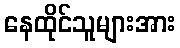
နေထိုင်သူများအား